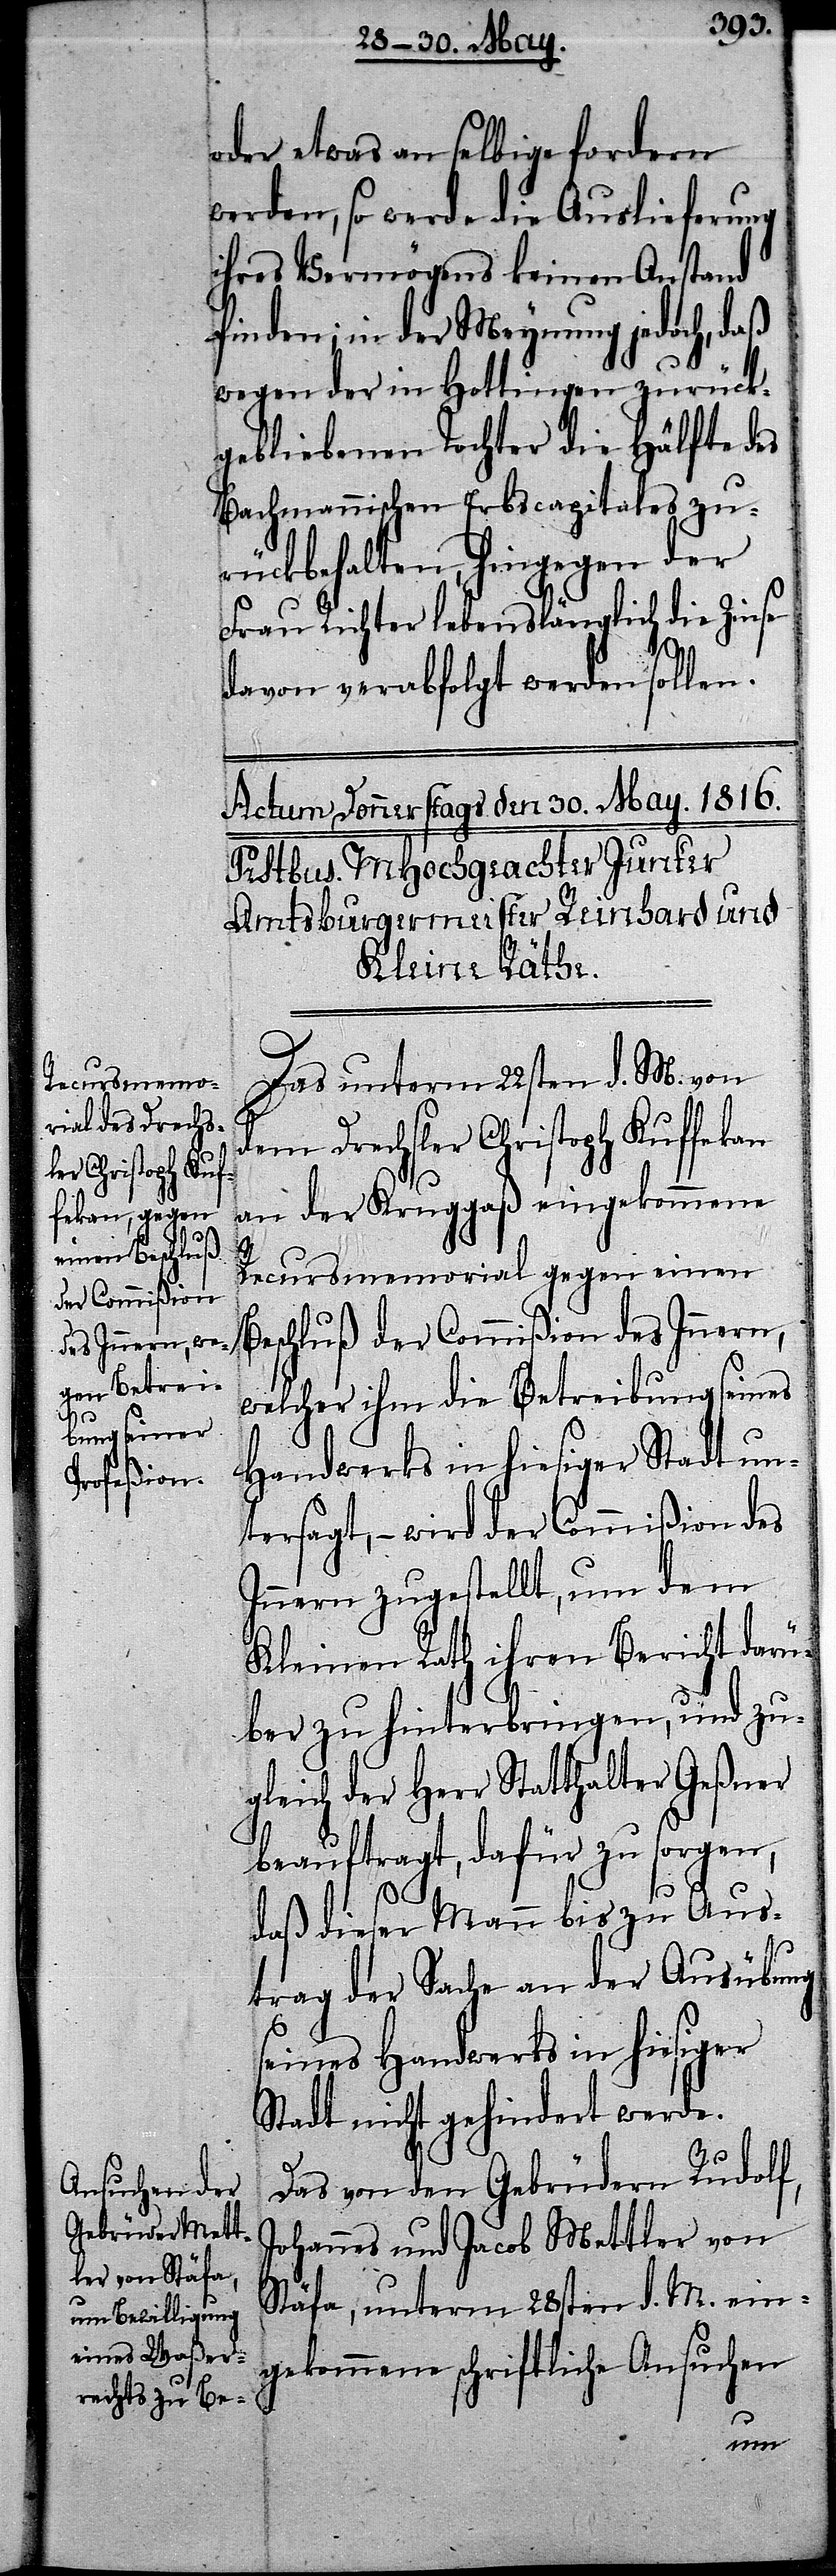
oder etwas an selbige fordern
werden, so werde die Auslieferung
ihres Vermögens keinen Anstand
finden, in der Meynung jedoch, daß
wegen der in Hottingen zurück¬
gebliebenen Tochter die Hälfte des
Bachmannischen Erbscapitals zu¬
rückbehalten, hingegen der
Frau Richter lebenslänglich die Zinse
davon verabfolgt werden sollen.
Das unterm 22sten d. M. von
dem Drechsler Christoph Kuffekan
an der Kruggaß eingekommene
Recursmemorial gegen einen
eschluß der Commißion des Innern,
welcher ihm die Betreibung seines
Handwerks in hiesiger Stadt un¬
tersagt, – wird der Commißion des
Innern zugestellt, um dem
Kleinen Rath ihren Bericht darü¬
ber zu hinterbringen, und zu¬
gleich der Herr Statthalter Geßner
beauftragt, dafür zu sorgen,
daß dieser Mann bis zu Aus¬
trag der Sache an der Ausübung
seines Handwerks in hiesiger
Stadt nicht gehindert werde.
B¬
Das von den Gebrüdern Rudolf,
Johannes und Jacob Mettler von
Stäfa, unterm 28sten d. M. ein¬
gekommene schriftliche Ansuchen